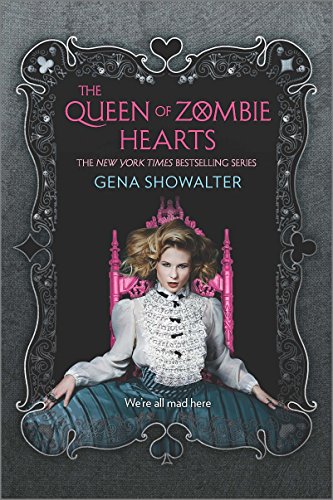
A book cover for The Queen of Zombie Hearts (The White Rabbit Chronicles); Gena Showalter; Teen & Young Adult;